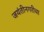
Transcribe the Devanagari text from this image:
जयंतीनगरीचा